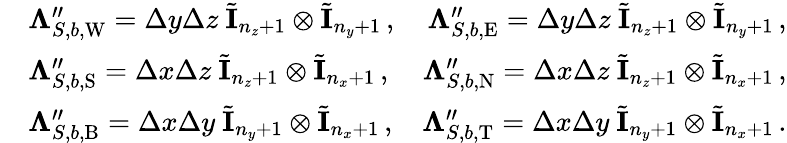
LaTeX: \begin{array}{rlr}&{\mathbf\Lambda_{S,b,\mathrm{W}}^{\prime\prime}=\Delta y\Delta z\ \tilde{\mathbf I}_{n_{z}+1}\otimes\tilde{\mathbf I}_{n_{y}+1}\, ,}&{\mathbf\Lambda_{S,b,\mathrm{E}}^{\prime\prime}=\Delta y\Delta z\ \tilde{\mathbf I}_{n_{z}+1}\otimes\tilde{\mathbf I}_{n_{y}+1}\, ,}\\ &{\mathbf\Lambda_{S,b,\mathrm{S}}^{\prime\prime}=\Delta x\Delta z\ \tilde{\mathbf I}_{n_{z}+1}\otimes\tilde{\mathbf I}_{n_{x}+1}\, ,}&{\mathbf\Lambda_{S,b,\mathrm{N}}^{\prime\prime}=\Delta x\Delta z\ \tilde{\mathbf I}_{n_{z}+1}\otimes\tilde{\mathbf I}_{n_{x}+1}\, ,}\\ &{\mathbf\Lambda_{S,b,\mathrm{B}}^{\prime\prime}=\Delta x\Delta y\ \tilde{\mathbf I}_{n_{y}+1}\otimes\tilde{\mathbf I}_{n_{x}+1}\, ,}&{\mathbf\Lambda_{S,b,\mathrm{T}}^{\prime\prime}=\Delta x\Delta y\ \tilde{\mathbf I}_{n_{y}+1}\otimes\tilde{\mathbf I}_{n_{x}+1}\, .}\end{array}